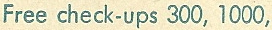
Free check-ups 300, 1000,